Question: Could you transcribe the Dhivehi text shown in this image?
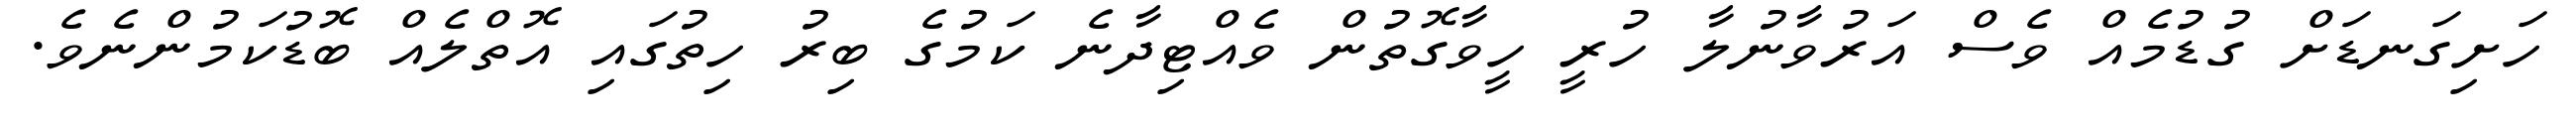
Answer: ހަށިގަނޑަށް ގުޑުމެއް ވެސް އަރުވާނުލާ ހުރީ ހީވާގޮތުން ވެއްޓިދާނެ ކަމުގެ ބިރު ހިތުގައި އޮތްލެއް ބޮޑުކަމުންނެވެ.